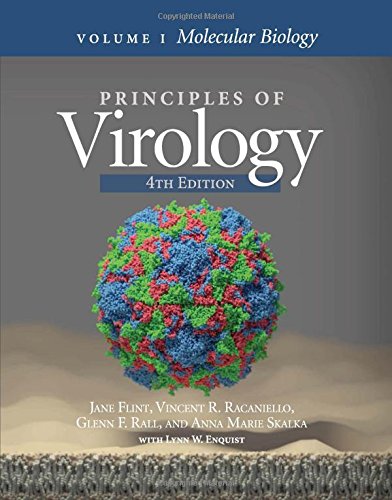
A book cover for Principles of Virology: Volume 1 Molecular Biology; S. Jane Flint; Medical Books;